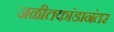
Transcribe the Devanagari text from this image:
जळीतकांडानंतर